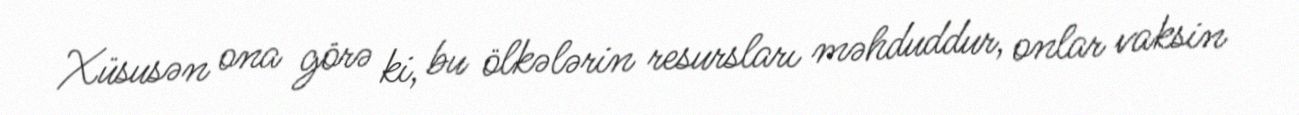
Xüsusən ona görə ki, bu ölkələrin resursları məhduddur, onlar vaksin